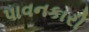
પાવનકારી